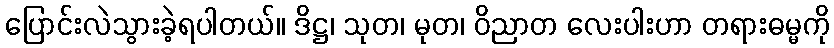
ပြောင်းလဲသွားခဲ့ရပါတယ်။ ဒိဋ္ဌ၊ သုတ၊ မုတ၊ ဝိညာတ လေးပါးဟာ တရားဓမ္မကို